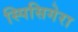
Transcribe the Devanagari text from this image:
स्पिसिगेरा